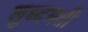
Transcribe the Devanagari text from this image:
शुध्दमती